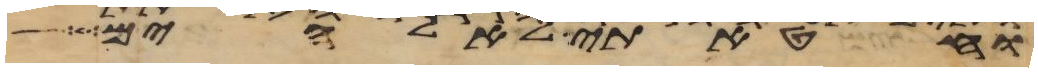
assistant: וחטאתי לאלהים